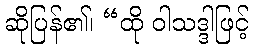
ဆိုပြန်၏၊ “ထို ဝါသဒ္ဒါဖြင့်